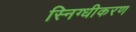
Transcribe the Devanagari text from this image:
स्निग्धीकरण